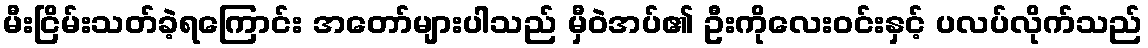
မီးငြိမ်းသတ်ခဲ့ရကြောင်း အတော်များပါသည် မှီဝဲအပ်၏ ဦးကိုလေးဝင်းနှင့် ပလပ်လိုက်သည်